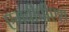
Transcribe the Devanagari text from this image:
एमबीपीएश